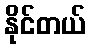
နိုင်တယ်